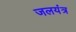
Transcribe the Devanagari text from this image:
जलयंत्र